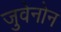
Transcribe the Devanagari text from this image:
जुवेनोन